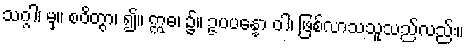
သဂ္ဂါ၊ မှ။ စဝိတွာ၊ ၍။ ဣဓ၊ ၌။ ဥပပန္နော ဝါ၊ ဖြစ်လာသသူသည်လည်း။